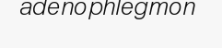
adenophlegmon